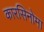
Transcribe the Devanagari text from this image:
कारसिनोमा